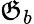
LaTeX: \mathfrak{G}_{b}